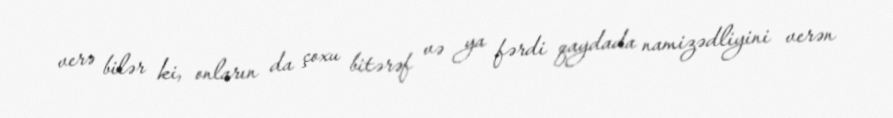
verə bilər ki, onların da çoxu bitərəf və ya fərdi qaydada namizədliyini verən